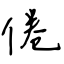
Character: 倦